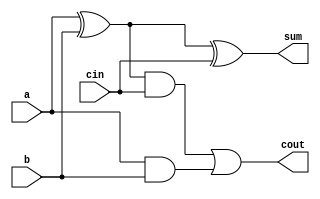
module full_adder(a, b, cin, sum, cout);
	input a, b, cin;
	output sum, cout;
	wire d, h, i;
	xor my_xor0(d, a, b);
	xor my_xor1(sum, d, cin);
	and my_and0(h, d, cin);
	and my_and1(i, a, b);
	or my_or0(cout, h, i);
endmodule